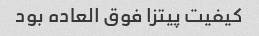
کیفیت پیتزا فوق العاده بود